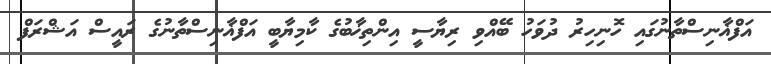
އަފްޣާނިސްތާނުގައި ހޮނިހިރު ދުވަހު ބޭއްވި ރިޔާސީ އިންތިޚާބުގެ ކާމިޔާބީ އަފްޣާނިސްތާނުގެ ރައީސް އަޝްރަފް